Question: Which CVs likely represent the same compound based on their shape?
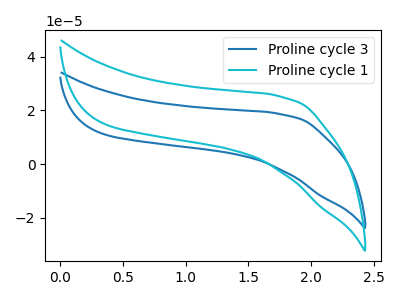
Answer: <think>The blue curve "Proline cycle 3" has no peaks. The cyan curve "Proline cycle 1" has no peaks.
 Neither "Proline cycle 3" or "Proline cycle 1" have any peaks.</think>
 <answer>"Proline cycle 3" and "Proline cycle 1" have the same shape and are likely CV's of the same chemical.</answer>
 <eval>"Proline cycle 3" "Proline cycle 1"</eval>